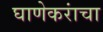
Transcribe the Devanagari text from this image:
घाणेकरांचा